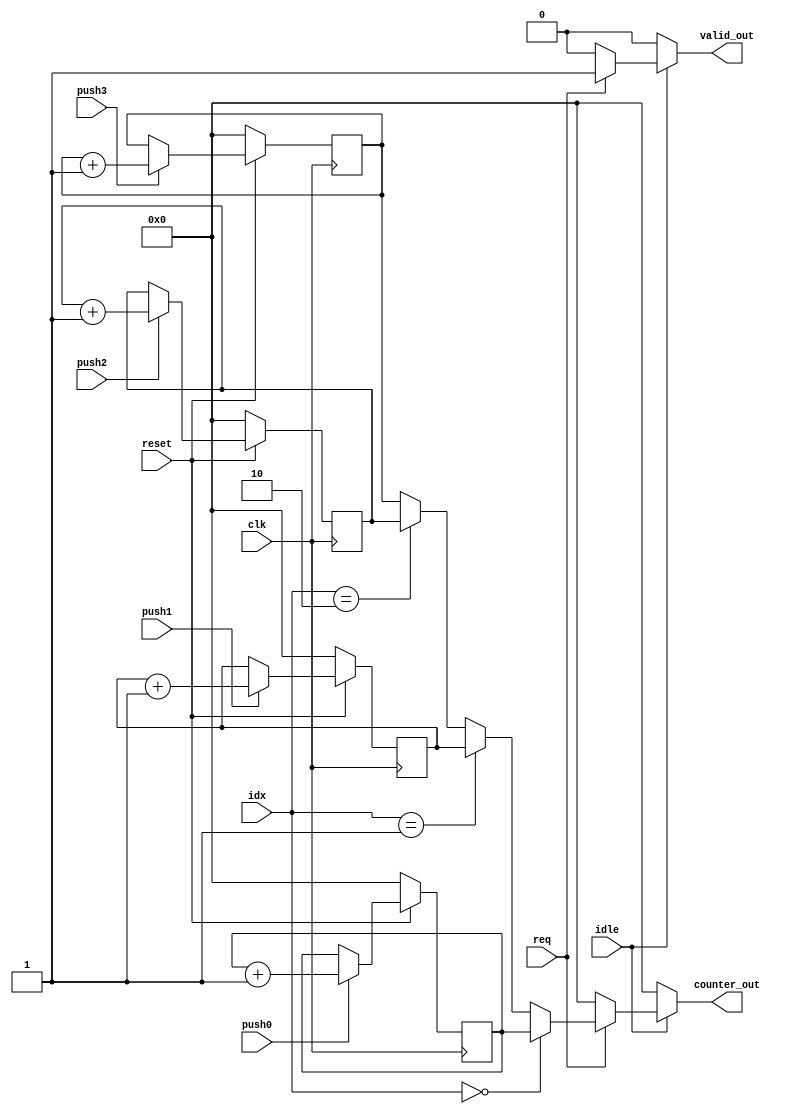
/* VERSION ALTERNATIVA DE CONTADORES, REALIZADA POR:
 * FREDDY ZUNIGA PARA EL PROYECTO 2 DE CIRCUITOS DIGITALES II
 * I SEMESTRE 2021 UNIVERSIDAD DE COSTA RICA */

module contadores #( parameter CBITS = 5 ) 
                   ( output reg [CBITS-1:0] counter_out,
		     output reg 	    valid_out,
		     input wire [1:0] 	    idx,
		     input wire 	    push0, push1, push2, push3,
		     input wire 	    idle, req, clk, reset );

   reg [CBITS-1:0] counter0, counter1, counter2, counter3;
   reg 		   valid0, valid1, valid2, valid3;
   

   /// LOGICA DE LAS SIGNALS DE SALIDA
   always @( * ) begin: OUTPUTS_LOGIC
      if( !idle ) begin
	 counter_out = 'b0;
	 valid_out = 1'b0;
      end
      else begin
	 if( req ) begin
	    valid_out = 1'b1;
	    if( idx == 2'b00 ) begin
	       counter_out = counter0;
	    end
	    else if( idx == 2'b01 ) begin
	       counter_out = counter1;
	    end
	    else if( idx == 2'b10 ) begin
	       counter_out = counter2;
	    end
	    else begin
	       counter_out = counter3;
	    end
	 end // if ( req )
	 else begin
	    counter_out = 'b0;
	    valid_out = 1'b0;
	 end // else: !if( req )	 
      end // else: !if( !idle )
   end // always @ ( * )
   
	 
   ///// ESTE BLOQUE FUNCIONA PORQUE LOS CONTADORES AUMENTAN UNO A LA
   ///// VEZ POR LA ARQUITECTURA, NO SE PUEDE USAR PARA OTRO TIPO DE
   ///// APLICACIONES SIMILARES.
   always @( posedge clk ) begin: COUNTER_FILL   
      if( !reset ) begin
	 counter0 <= 'b0;
	 counter1 <= 'b0;
	 counter2 <= 'b0;
	 counter3 <= 'b0;
      end
      else begin
	 if( push0 ) begin
	    counter0 <= counter0 + 1'b1;
	 end
	 else begin
	    counter0 <= counter0;
	 end
	 if( push1 ) begin
	    counter1 <= counter1 + 1'b1;
	 end
	 else begin
	    counter1 <= counter1;
	 end
	 if( push2 ) begin
	    counter2 <= counter2 + 1'b1;
	 end
	 else begin
	    counter2 <= counter2;
	 end
	 if( push3 ) begin
	    counter3 <= counter3 + 1'b1;
	 end
	 else begin
	    counter3 <= counter3;
	 end
      end // else: !if( !reset )
   end // always @ ( * )

   //always @( posedge clk ) begin
      
endmodule